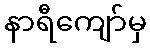
နာရီကျော်မှ